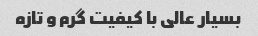
بسیار عالی با کیفیت گرم و تازه